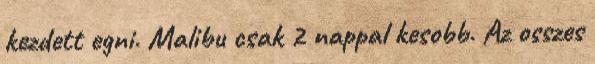
kezdett egni. Malibu csak 2 nappal kesobb. Az osszes